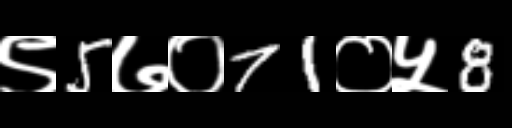
Text: ९5७०71०५8